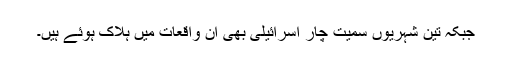
جبکہ تین شہریوں سمیت چار اسرائیلی بھی ان واقعات میں ہلاک ہوئے ہیں۔